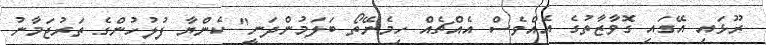
ރޫޅައި އޭގައި ގޮވާޒާތުގެ އެއްވެސް އެއްޗެއް ހިމެނޭތޯ ބަލަމުންދަނީ" ކެންޔާ ފުލުހުންގެ ތަރުޖަމާނު